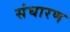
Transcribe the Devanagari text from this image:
संघारण